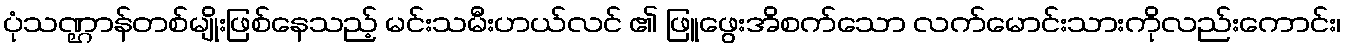
ပုံသဏ္ဌာန်တစ်မျိုးဖြစ်နေသည့် မင်းသမီးဟယ်လင် ၏ ဖြူဖွေးအိစက်သော လက်မောင်းသားကိုလည်းကောင်း၊